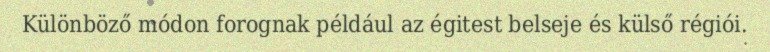
Különböző módon forognak például az égitest belseje és külső régiói.